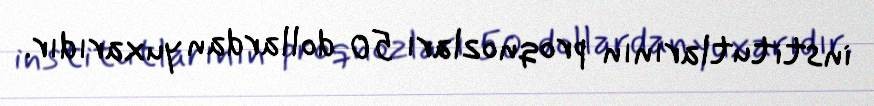
institutlarının proqnozları 50 dollardan yuxarıdır.